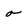
Character: o